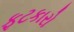
ફટકારો